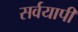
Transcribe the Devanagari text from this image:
सर्वयापी